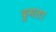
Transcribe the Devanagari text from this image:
दुमला